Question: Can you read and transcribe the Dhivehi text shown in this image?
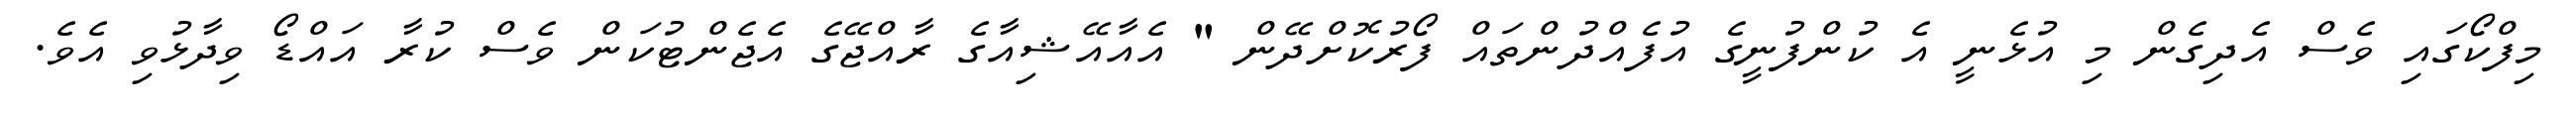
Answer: މިފްކޯގައި ވެސް އެދިގެން މި އުޅެނީ އެ ކުންފުނީގެ އުފެއްދުންތައް ފޯރުކޮށްދޭން " އެއާއޭޝިއާގެ ރާއްޖޭގެ އެޖެންޓުކަން ވެސް ކުރާ އައްޑޯ ވިދާޅުވި އެވެ.